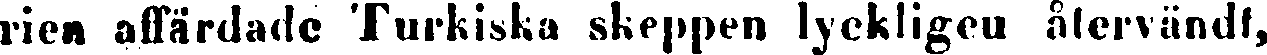
rien affärdade Turkiska skeppen lyckligen återvändt,